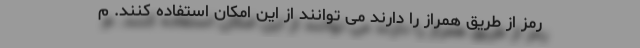
رمز از طریق همراز را دارند می توانند از این امکان استفاده کنند. م